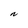
Character: N